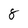
Character: 8